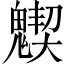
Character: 𩴅